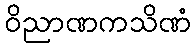
ဝိညာဏကသိဏံ